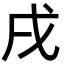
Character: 戌